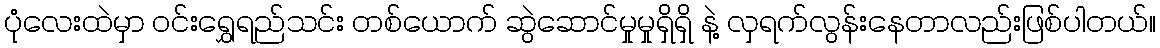
ပုံလေးထဲမှာ ဝင်းရွှေရည်သင်း တစ်ယောက် ဆွဲဆောင်မှုမှုရှိရှိ နဲ့ လှရက်လွန်းနေတာလည်းဖြစ်ပါတယ်။